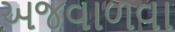
અજવાળવા